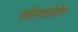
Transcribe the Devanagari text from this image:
पर्वतराजीतील